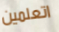
اتعلمين